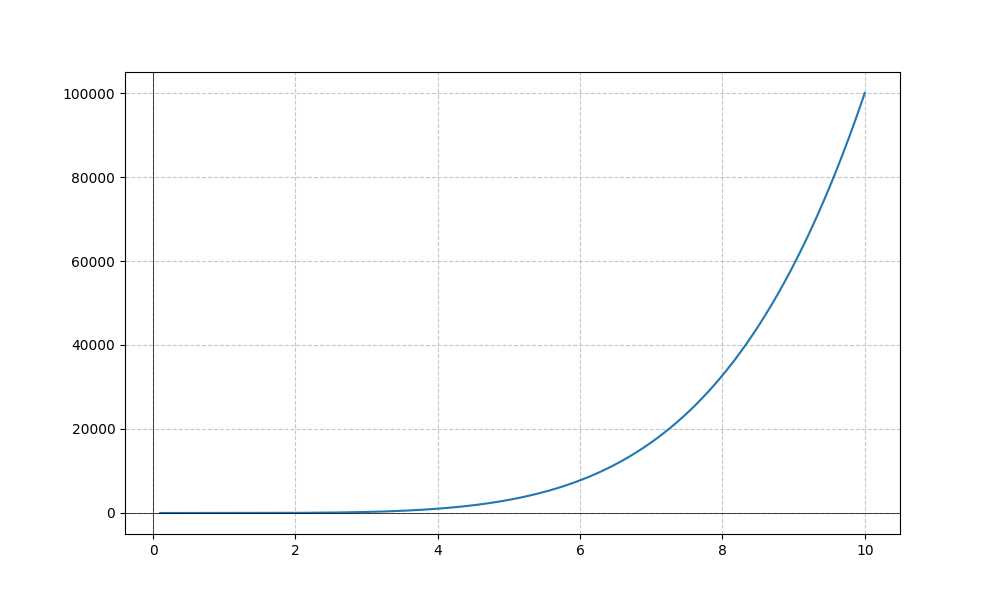
LaTeX formula: x^{5} + \log{\left(x \right)}